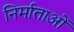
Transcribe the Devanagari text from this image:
निर्माताआें